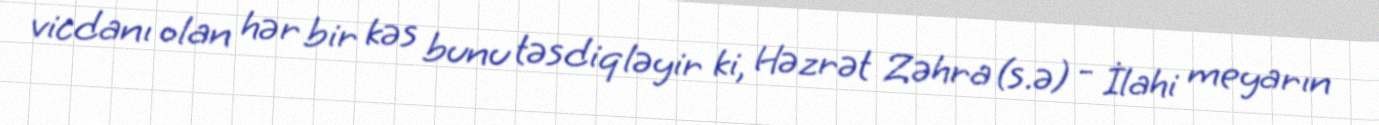
vicdanı olan hər bir kəs bunu təsdiqləyir ki, Həzrət Zəhra (s.ə) - İlahi meyarın